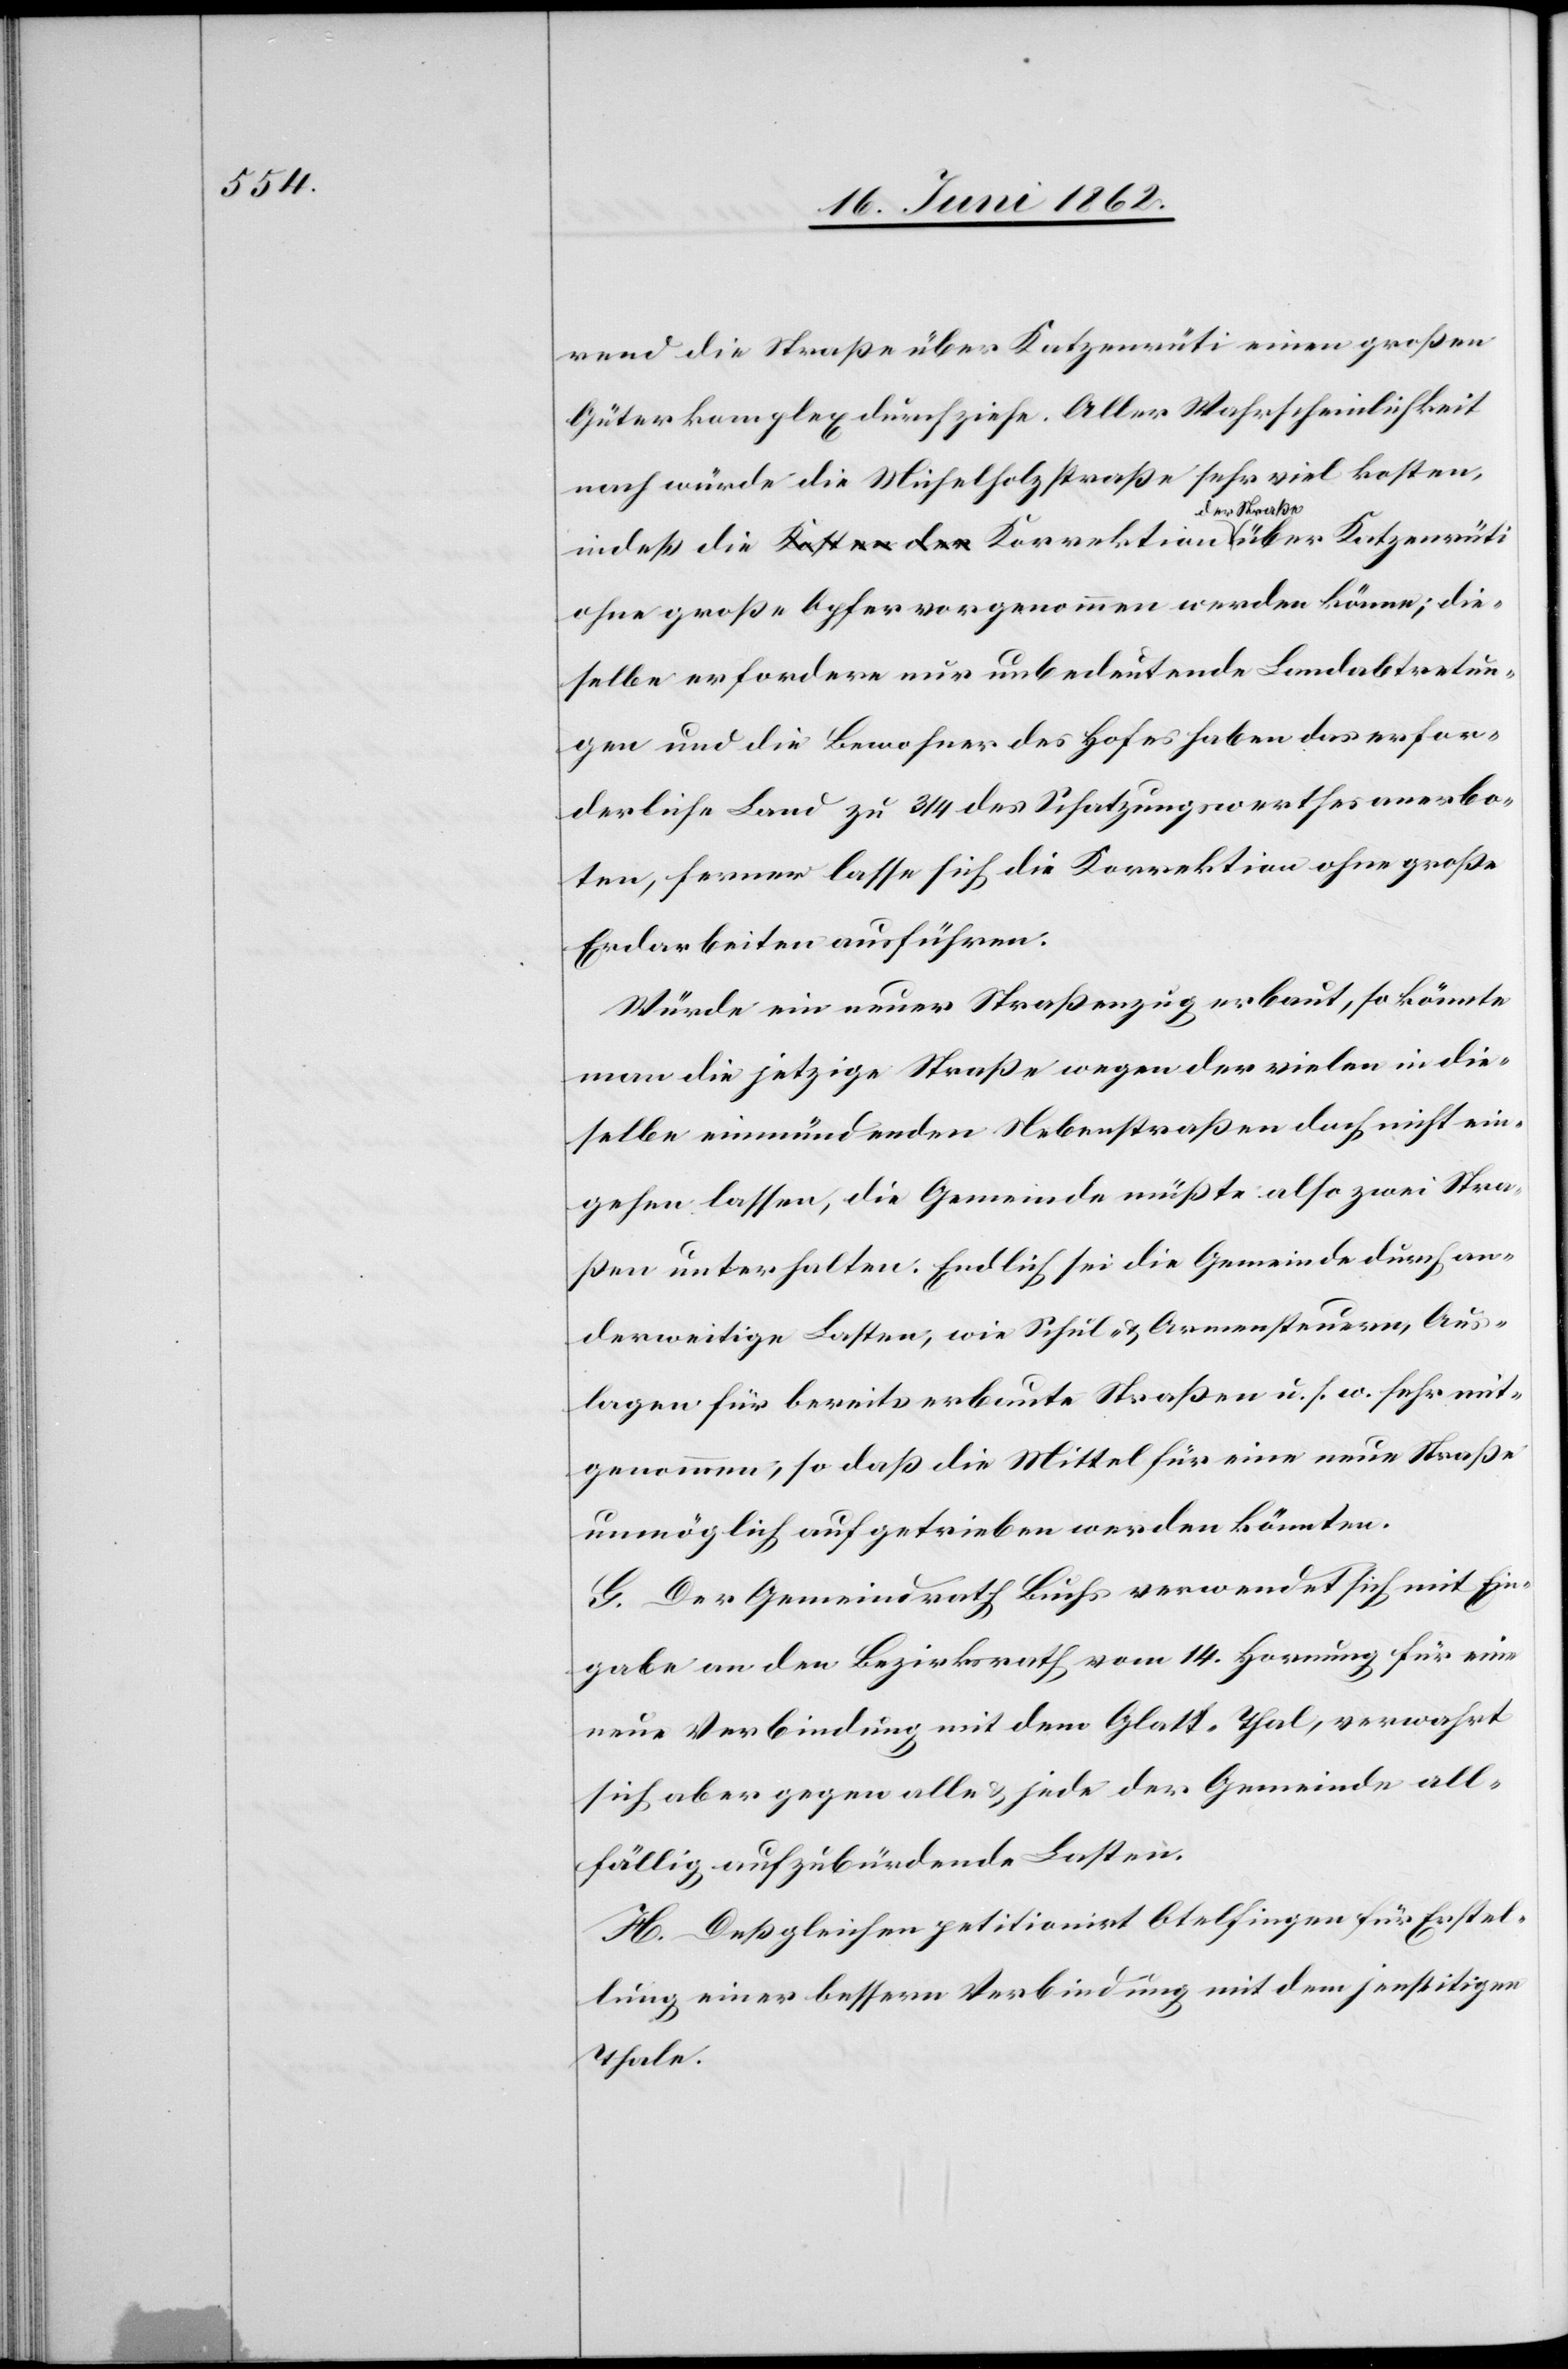
rend die Straße über Katzenrüti einen großen
Güterkomplex durchziehe. Aller Wahrscheinlichkeit
nach würde die Michelholzstraße sehr viel kosten,
der Straße
ohne große Opfer vorgenommen werden könne; die¬
selbe erfordere nur unbedeutende Landabtretun¬
gen und die Bewohner des Hofes haben das erfor¬
derliche Land zu 3/4 des Schatzungswerthes anerbo¬
ten, ferner lasse sich die Korrektion ohne große
Erdarbeiten ausführen.
Würde ein neuer Straßenzug erbaut, so könnte
man die jetzige Straße wegen der vielen in die¬
selbe einmündenden Nebenstraßen doch nicht ein¬
gehen lassen, die Gemeinde müßte also zwei Stra¬
ßen unterhalten. Endlich sei die Gemeinde durch an¬
derweitige Lasten, wie Schul- & Armensteuern, Aus¬
lagen für bereits erbaute Straßen u. s. w. sehr mit¬
genommen, so daß die Mittel für eine neue Straße
unmöglich aufgetrieben werden könnten.
G. Der Gemeindrath Buchs verwendet sich mit Ein¬
gabe an den Bezirksrath vom 14. Hornung für eine
neue Verbindung mit dem Glatt-Thal, verwahrt
sich aber gegen alle & jede der Gemeinde all¬
fällig aufzubürdende Lasten.
H. Deßgleichen petitionirt Otelfingen für Erstel¬
lung einer bessern Verbindung mit dem jenseitigen
Thale.